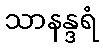
သာနန္ဒရံ